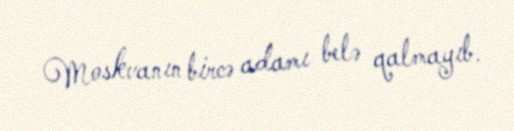
Moskvanın bircə adamı belə qalmayıb.